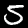
Label: 5